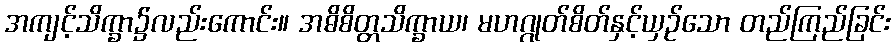
အကျင့်သိက္ခာ၌လည်းကောင်း။ အဓိစိတ္တသိက္ခာယ၊ မဟဂ္ဂုတ်စိတ်နှင့်ယှဉ်သော တည်ကြည်ခြင်း